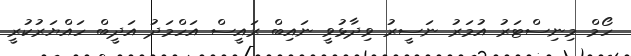
ހޯމް މިނިސްޓަރު އުމަރު ނަސީރު ވިދާޅުވީ ނައިބް ރައީސް އަހްމަދު އަދީބް ހައްޔަރުކުރީ